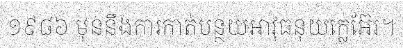
១៩៨៦ មុននឹងការកាត់បន្ថយអាវុធនុយក្លេអ៊ែរ។